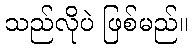
သည်လိုပဲ ဖြစ်မည်။